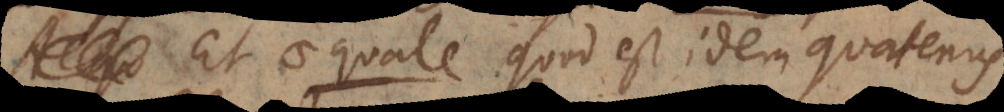
Et aequale quod est idem quatenus